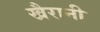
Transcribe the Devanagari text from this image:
खैरानी